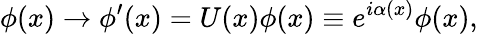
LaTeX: \phi(x)\rightarrow\phi^{\prime}(x)=U(x)\phi(x)\equiv e^{i\alpha(x)}\phi(x),